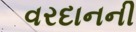
વરદાનની